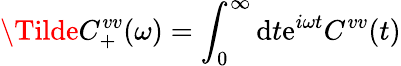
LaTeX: \Tilde{C}_{+}^{vv}(\omega)=\int_{0}^{\infty}\mathrm{d}t\mathrm{e}^{i\omega t}C^{vv}(t)